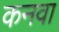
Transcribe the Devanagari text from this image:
कनवा